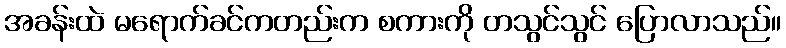
အခန်းထဲ မရောက်ခင်ကတည်းက စကားကို တသွင်သွင် ပြောလာသည်။